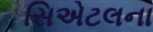
સિએટલના